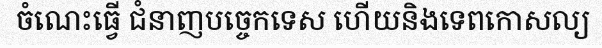
ចំណេះធ្វើ ជំនាញបច្ចេកទេស ហើយនិងទេពកោសល្យ